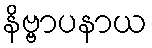
နိဗ္ဗာပနာယ